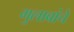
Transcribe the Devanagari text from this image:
गुलाबांचे